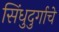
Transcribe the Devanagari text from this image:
सिंधुदुर्गाचे